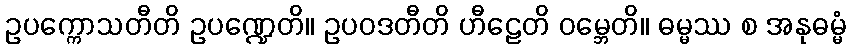
ဥပက္ကောသတီတိ ဥပဏ္ဍေတိ။ ဥပဝဒတီတိ ဟီဠေတိ ဝမ္ဘေတိ။ ဓမ္မဿ စ အနုဓမ္မံ